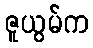
ဇူယွမ်က